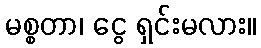
မစ္စတာ၊ ငွေ ရှင်းမလား။